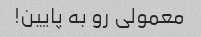
معمولی رو به پایین!